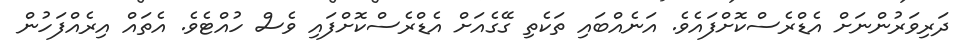
ދަރިވަރުންނަށް އެޑްރެސްކޮށްފައެވެ. އަނެއްބައި ތަކެތި ގޭގެއަށް އެޑްރެސްކޮށްފައި ވެސް ހުއްޓެވެ. އެތައް އިރެއްފަހުން